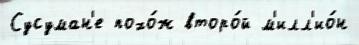
Сусуман'е похо́ж второ́й м'илл'ио́н